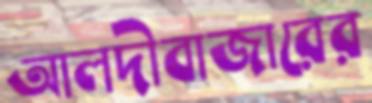
আলদীবাজারের